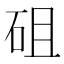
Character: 砠